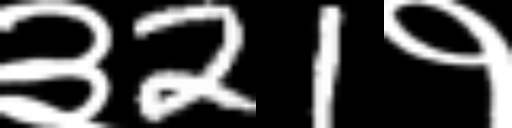
Text: ३21१